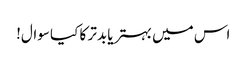
اس میں بہتر یا بدتر کا کیا سوال!